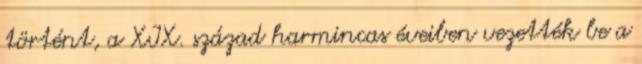
történt, a XIX. század harmincas éveiben vezették be a